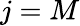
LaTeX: j=M